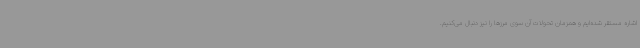
اشاره مستقر شده‌ایم و همزمان تحولات آن سوی مرزها را نیز دنبال می‌کنیم.